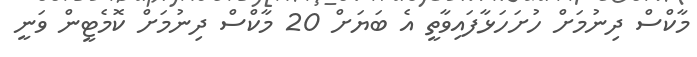
މާކްސް ދިނުމަށް ހުށަހަޅާފައިވާތީ އެ ބަޔަށް 20 މާކްސް ދިނުމަށް ކޮމެޓީން ވަނީ